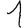
Digit: 1